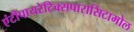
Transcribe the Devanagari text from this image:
एंटीपायरेटिक्सपारासिटामोल